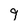
Character: 9